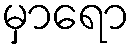
မှာရော